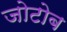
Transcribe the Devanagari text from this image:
जोटोब